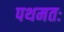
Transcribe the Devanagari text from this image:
पथमतः